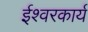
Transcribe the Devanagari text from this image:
ईश्वरकार्य